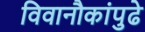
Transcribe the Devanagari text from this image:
विवानौकांपुढे